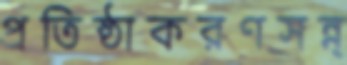
প্রতিষ্ঠাকরণসন্ন্